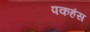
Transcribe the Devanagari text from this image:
पकहंस